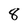
Character: 8